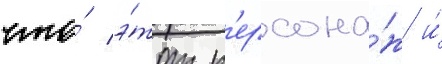
что́ э́тот п'ерсона́ж и́